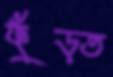
ফুঁড়ত